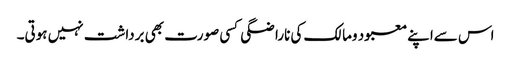
اس سےاپنے معبود ومالک کی ناراضگی کسی صورت بھی برداشت نہیں ہوتی۔